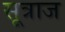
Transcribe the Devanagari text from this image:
सूत्राज